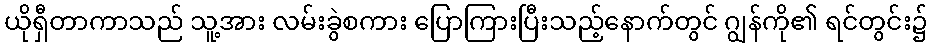
ယိုရှီတာကာသည် သူ့အား လမ်းခွဲစကား ပြောကြားပြီးသည့်နောက်တွင် ဂျွန်ကို၏ ရင်တွင်း၌